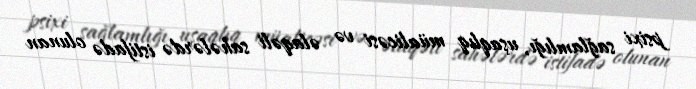
psixi sağlamlığı, uşaqlıq müalicəsi və əlaqəli sahələrdə istifadə olunan